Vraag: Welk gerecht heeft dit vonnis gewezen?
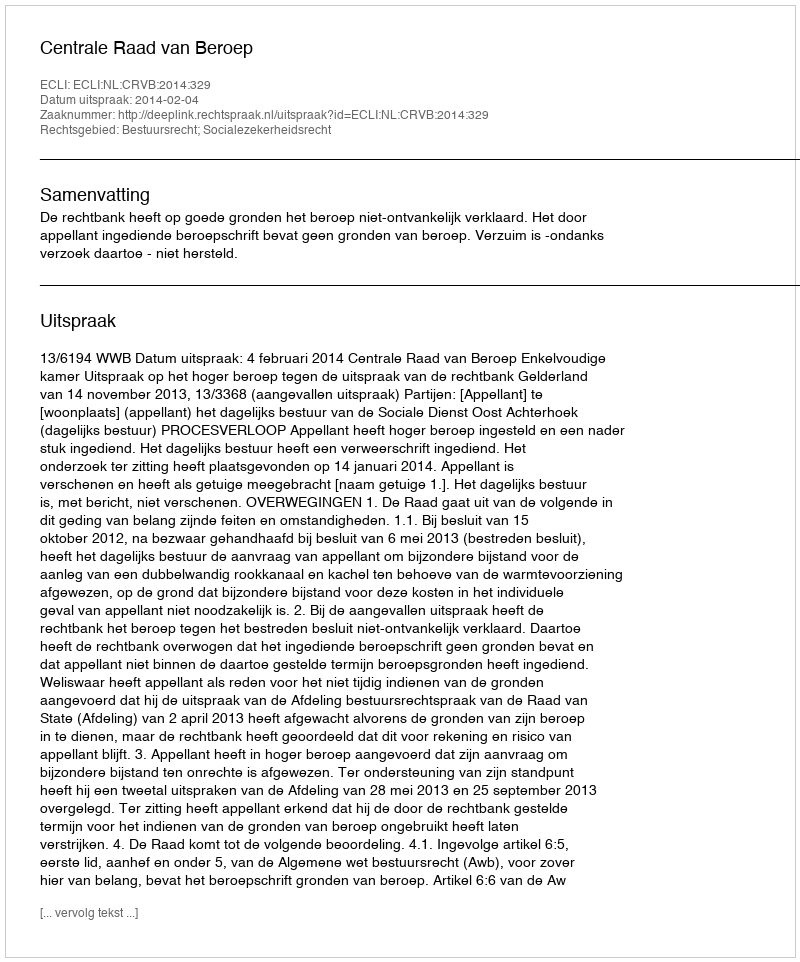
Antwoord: Centrale Raad van Beroep